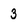
Character: 3